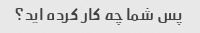
پس شما چه کار کرده اید؟